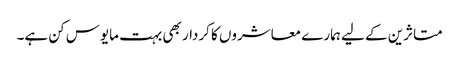
متاثرین کے لیے ہمارے معاشروں کا کردار بھی بہت مایوس کن ہے۔